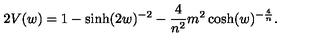
2 V ( w ) = 1 - \sinh ( 2 w ) ^ { - 2 } - \frac { 4 } { n ^ { 2 } } m ^ { 2 } \cosh ( w ) ^ { - \frac { 4 } { n } } .